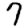
Digit: 7